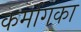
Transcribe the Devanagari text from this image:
कर्मागका